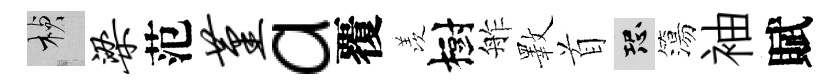
楨梁范堇a覆羡樹舴斁首恐簜袖賦